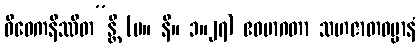
ဝိဝေကနိဿိတ”န္တိ (မ။ နိ။ ၁။၂၇) ဧဝမာဂတာ သဟဇာတဓမ္မာနံ